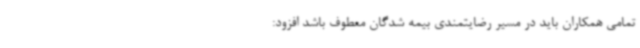
تمامی همکاران باید در مسیر رضایتمندی بیمه شدگان معطوف باشد افزود: